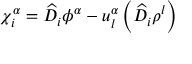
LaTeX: \chi _ { i } ^ { \alpha } = { \widehat { D } } _ { i } \phi ^ { \alpha } - u _ { l } ^ { \alpha } \left( { \widehat { D } } _ { i } \rho ^ { l } \right)